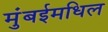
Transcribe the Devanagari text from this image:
मुंबईमधिल